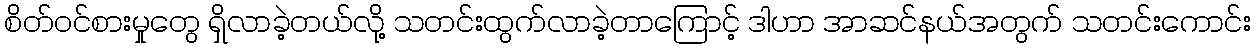
စိတ်ဝင်စားမှုတွေ ရှိလာခဲ့တယ်လို့ သတင်းထွက်လာခဲ့တာကြောင့် ဒါဟာ အာဆင်နယ်အတွက် သတင်းကောင်း